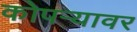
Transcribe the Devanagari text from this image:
कोपऱ्यावर